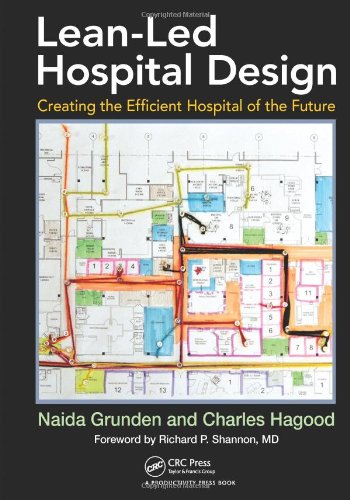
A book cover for Lean-Led Hospital Design: Creating the Efficient Hospital of the Future; Naida Grunden; Business & Money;